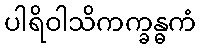
ပါရိဝါသိကက္ခန္ဓကံ